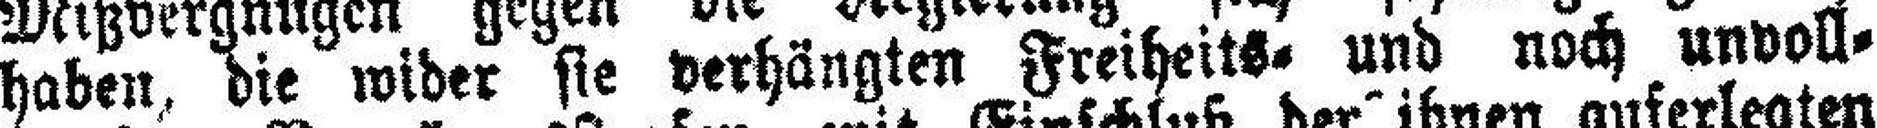
haben, die wider sie verhängten Freiheits= und noch unvoll¬